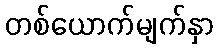
တစ်ယောက်မျက်နှာ